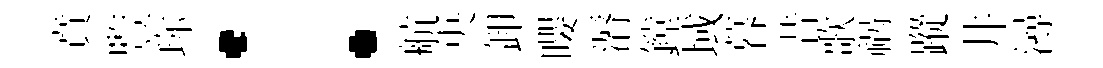
賁䜿珎：航央卸嚶漘鏜域暮昔歌祸蹤井潯